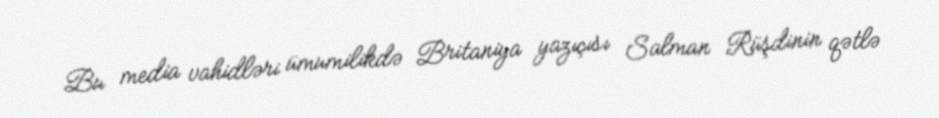
Bu media vahidləri ümumilikdə Britaniya yazıçısı Salman Rüşdinin qətlə